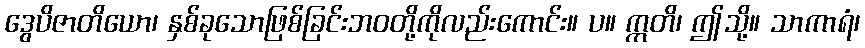
ဒွေပိဇာတိယော၊ နှစ်ခုသောဖြစ်ခြင်းဘဝတို့ကိုလည်းကောင်း။ ပ။ ဣတိ၊ ဤသို့။ သာကာရံ၊